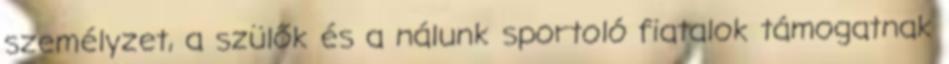
személyzet, a szülők és a nálunk sportoló fiatalok támogatnak